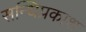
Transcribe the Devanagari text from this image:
सन्धिप्रकाश